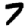
Digit: 7